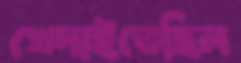
খেদাইতেছিল